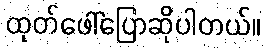
ထုတ်ဖေါ်ပြောဆိုပါတယ်။